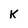
Character: k